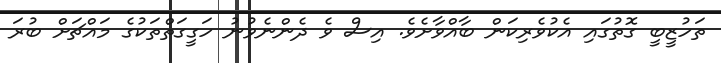
ތަހުޒީބީ ގޮތުގައި އެކުވެރިކަން ބާއްވާށެވެ. އިސް ވެ ދެންނެވުނު ހަގީގަތްތަކުގެ މައްޗަށް ބުރަ